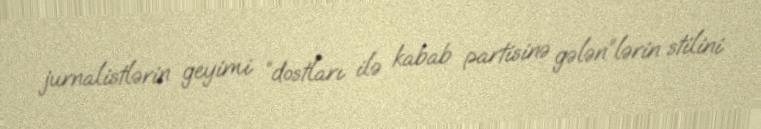
jurnalistlərin geyimi “dostları ilə kabab partisinə gələn”lərin stilini